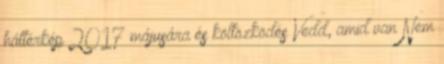
háttérkép 2017 májusára és költözködés Vedd, amid van Nem